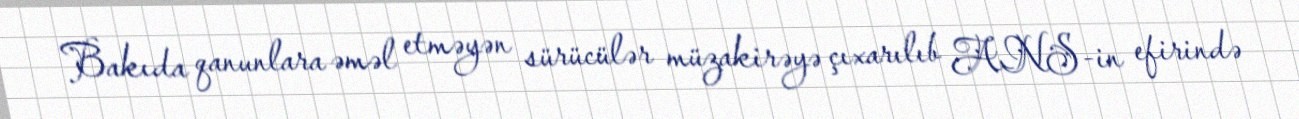
Bakıda qanunlara əməl etməyən sürücülər müzakirəyə çıxarılıb ANS-in efirində